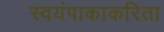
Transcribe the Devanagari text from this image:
स्वयंपाकाकरिता